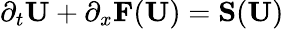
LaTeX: \partial_{t}\textbf{U}+\partial_{x}\textbf{F}(\textbf{U})=\textbf{S}(\textbf{U})